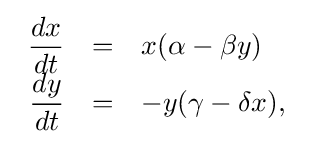
{\begin{array}{rcl}{\dfrac {dx}{dt}}&=&x(\alpha -\beta y)\\{\dfrac {dy}{dt}}&=&-y(\gamma -\delta x),\end{array}}